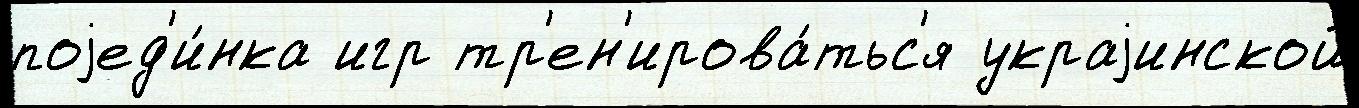
поjед'и́нка игр тр'ен'ирова́тьс'я украjинской